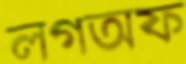
লগঅফ